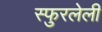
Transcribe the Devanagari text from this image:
स्फुरलेली